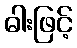
ဓါးဖြင့်